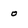
Character: o